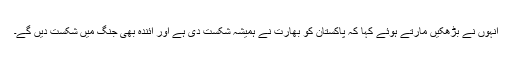
انہوں نے بڑھکیں مارتے ہوئے کہا کہ پاکستان کو بھارت نے ہمیشہ شکست دی ہے اور آئندہ بھی جنگ میں شکست دیں گے۔